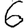
Digit: 6